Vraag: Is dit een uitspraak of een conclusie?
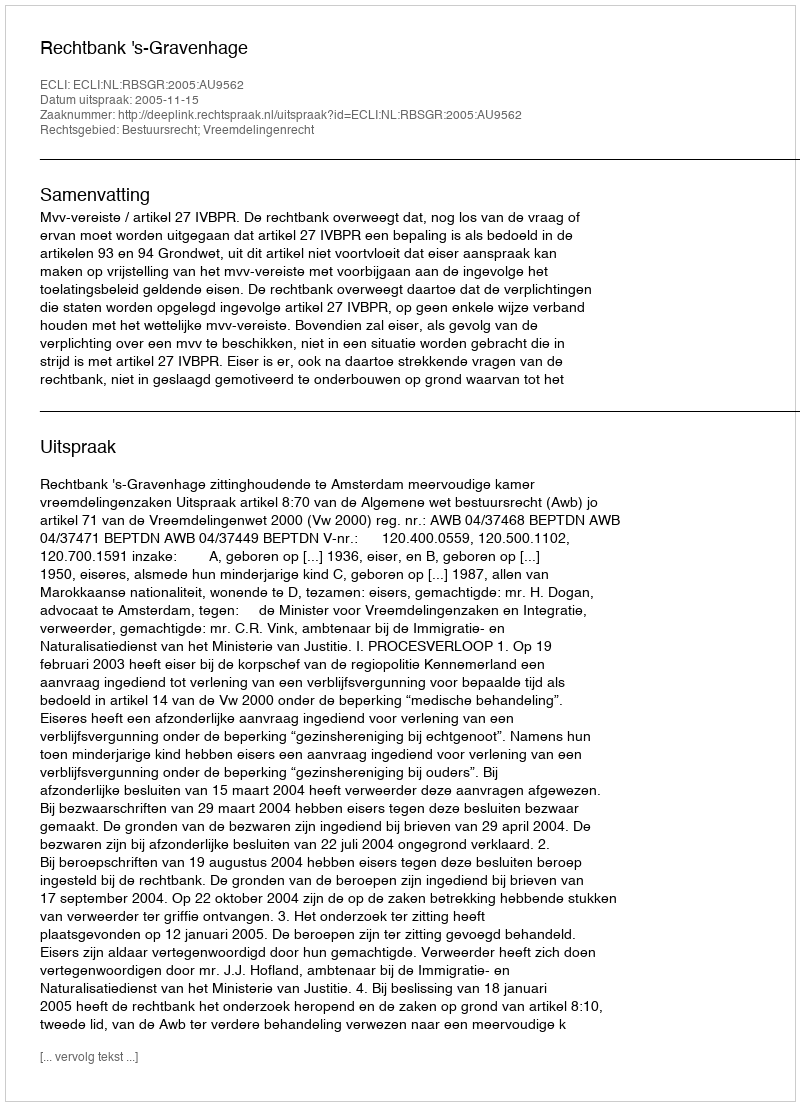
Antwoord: Uitspraak